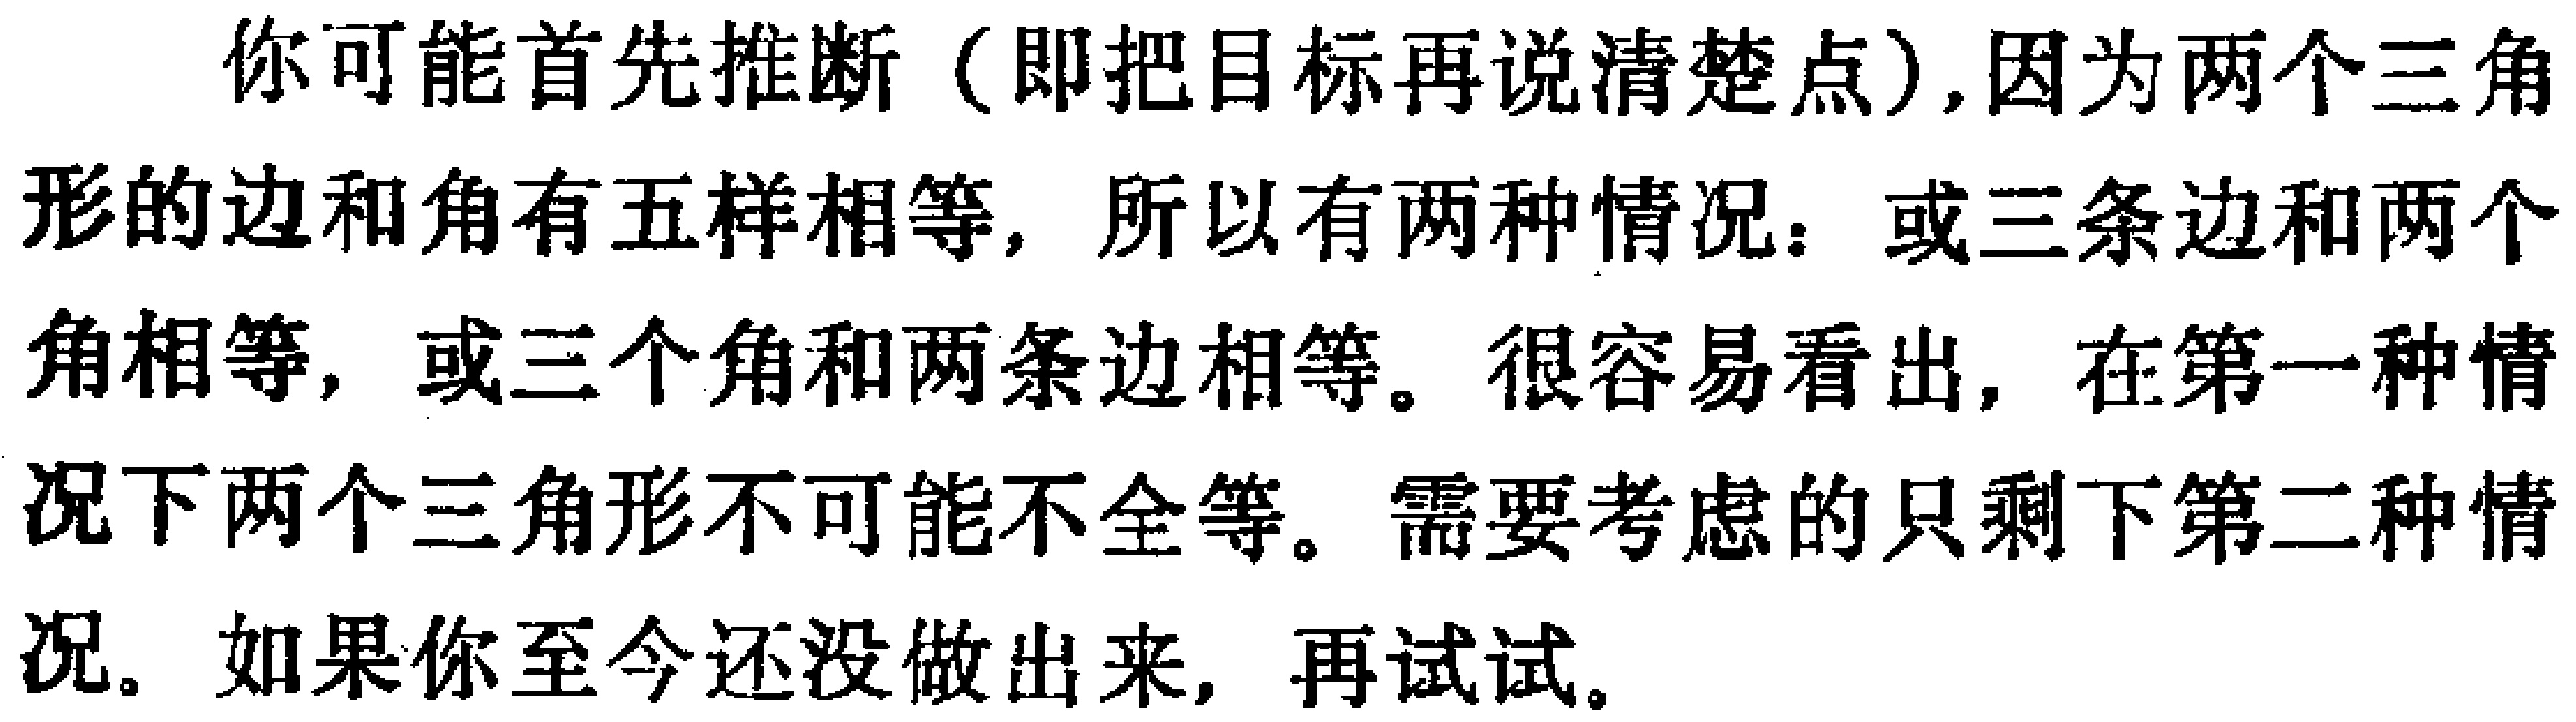
你可能首先推断（即把目标再说清楚点）,因为两个三角形的边和角有五样相等，所以有两种情况：或三条边和两个角相等，或三个角和两条边相等。很容易看出，在第一种情况下两个三角形不可能不全等。需要考虑的只剩下第二种情况。如果你至今还没做出来，再试试。